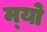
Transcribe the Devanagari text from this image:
म्‍यो